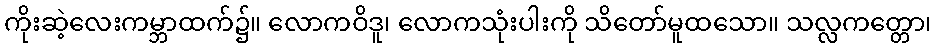
ကိုးဆဲ့လေးကမ္ဘာထက်၌။ လောကဝိဒူ၊ လောကသုံးပါးကို သိတော်မူထသော။ သလ္လကတ္တော၊